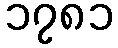
၁၇၈၁